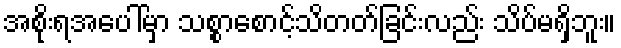
အစိုးရအပေါ်မှာ သစ္စာစောင့်သိတတ်ခြင်းလည်း သိပ်မရှိဘူး။